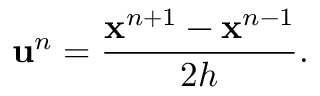
\mathbf { u } ^ { n } = \frac { \mathbf { x } ^ { n + 1 } - \mathbf { x } ^ { n - 1 } } { 2 h } .